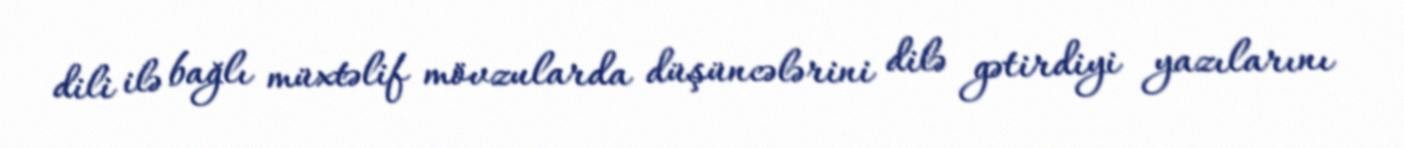
dili ilə bağlı müxtəlif mövzularda düşüncələrini dilə gətirdiyi yazılarını